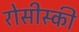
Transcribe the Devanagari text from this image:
रोसीस्की